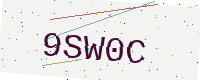
Text: 9SW0C